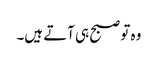
وہ تو صبح ہی آتے ہیں۔